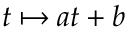
t \mapsto a t + b